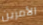
الأمرين